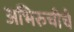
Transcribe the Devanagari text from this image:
अभिरुचीचे